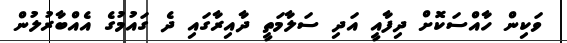
ވަކިން ހާއްސަކޮށް ދިފާއީ އަދި ސަލާމަތީ ދާއިރާގައި ދެ ގައުމުގެ އެއްބާރުލުން